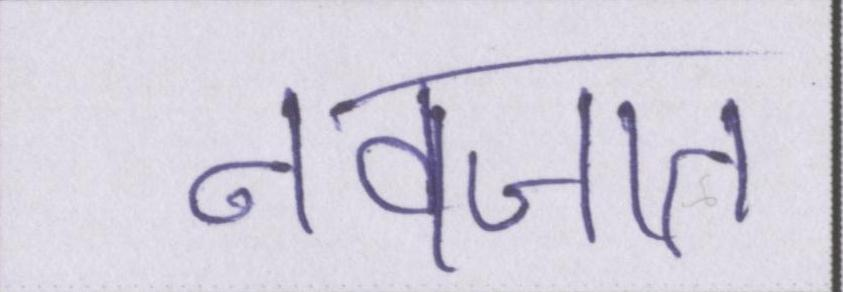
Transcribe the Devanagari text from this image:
नवजात